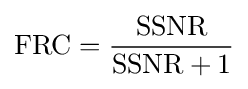
\mathrm {FRC} ={\frac {\mathrm {SSNR} }{\mathrm {SSNR} +1}}